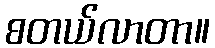
စတယ်လာတာ။